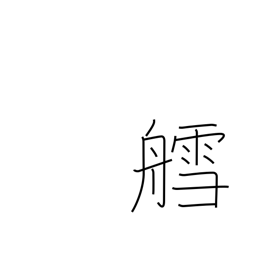
Meaning: sled